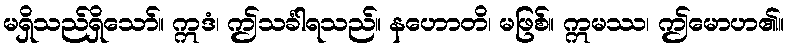
မရှိသည်ရှိသော်။ ဣဒံ၊ ဤသင်္ခါရသည်။ နဟောတိ၊ မဖြစ်။ ဣမဿ၊ ဤမောဟ၏။